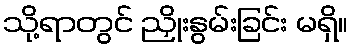
သို့ရာတွင် ညှိုးနွမ်းခြင်း မရှိ။